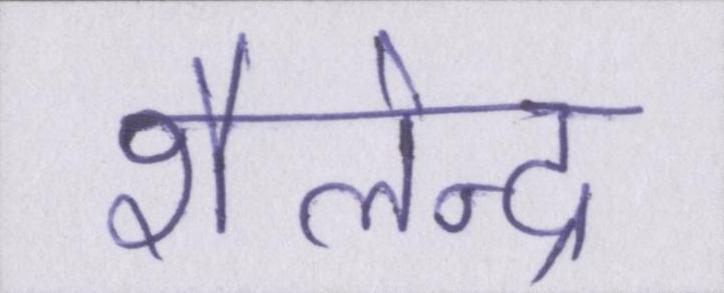
शैलेन्द्र